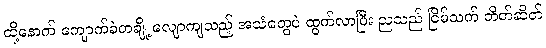
ထို့နောက် ကျောက်ခဲတချို့ လျောကျသည့် အသံတွေပဲ ထွက်လာပြီး ညသည် ငြိမ်သက် တိတ်ဆိတ်